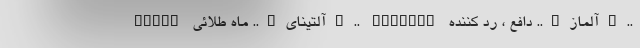
ALAGZ آلتینای….. ماه طلائی….. ALTINAY آلماز….. دافع ، رد کننده…..